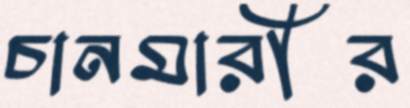
চানমারীর